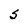
Character: S